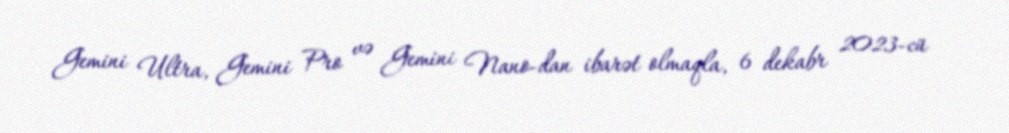
Gemini Ultra, Gemini Pro və Gemini Nano-dan ibarət olmaqla, 6 dekabr 2023-cü